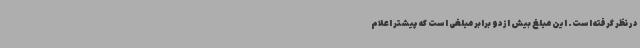
در نظر گرفته است. این مبلغ بیش از دو برابر مبلغی است که پیشتر اعلام